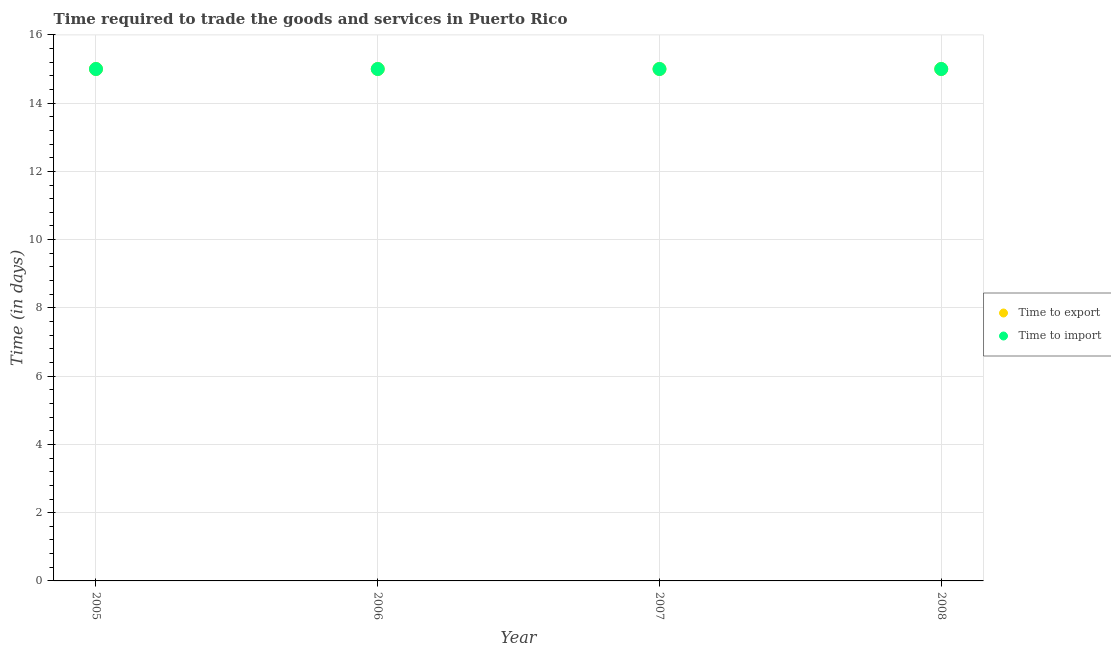
| Year | Time to export | Time to import |
 | --- | --- | --- |
 | 2005 | 15 | 15 |
 | 2006 | 15 | 15 |
 | 2007 | 15 | 15 |
 | 2008 | 15 | 15 |